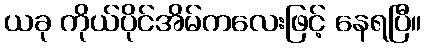
ယခု ကိုယ်ပိုင်အိမ်ကလေးဖြင့် နေရပြီ။